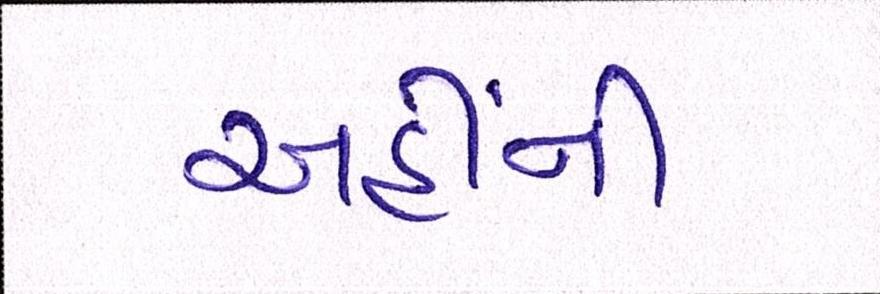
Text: અહીંની